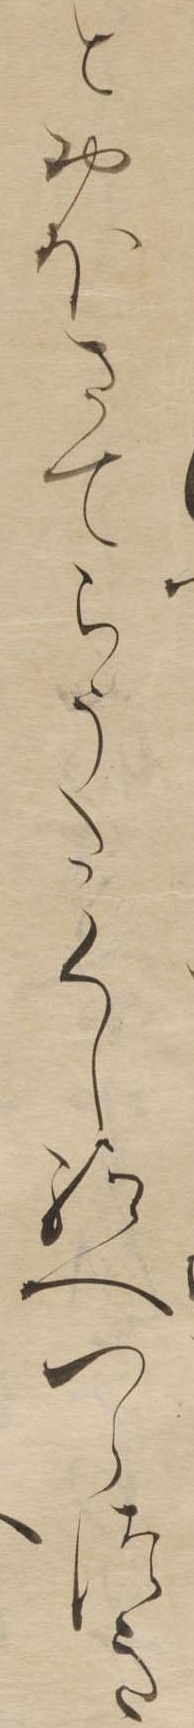
とおほさてらうたくし給へつらつき